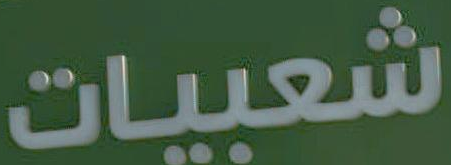
شعبيات